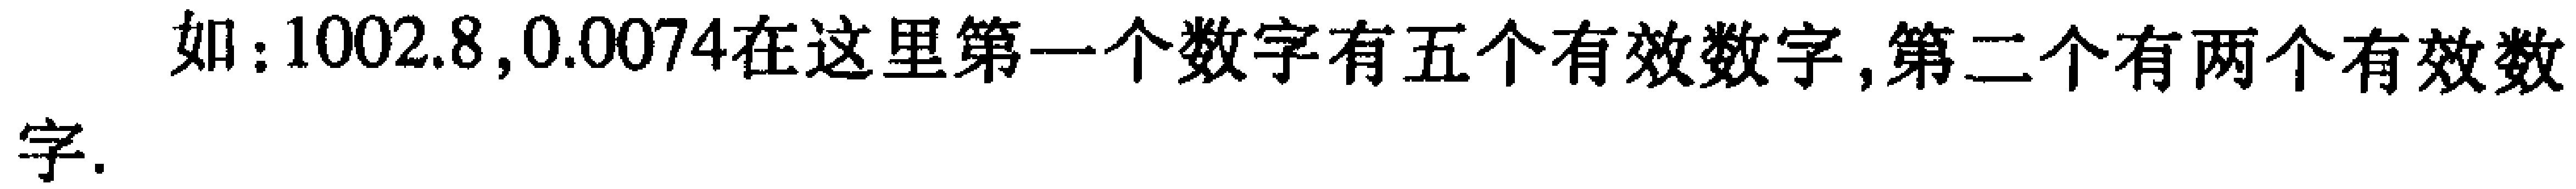
如：$1002.8,0.0074$在这里第一个数字有五个有效数字,第二个有两个有效数字.